Report of the Indian Hemp Drugs Commission, 1894-1895 - Volume V
Year: 1894
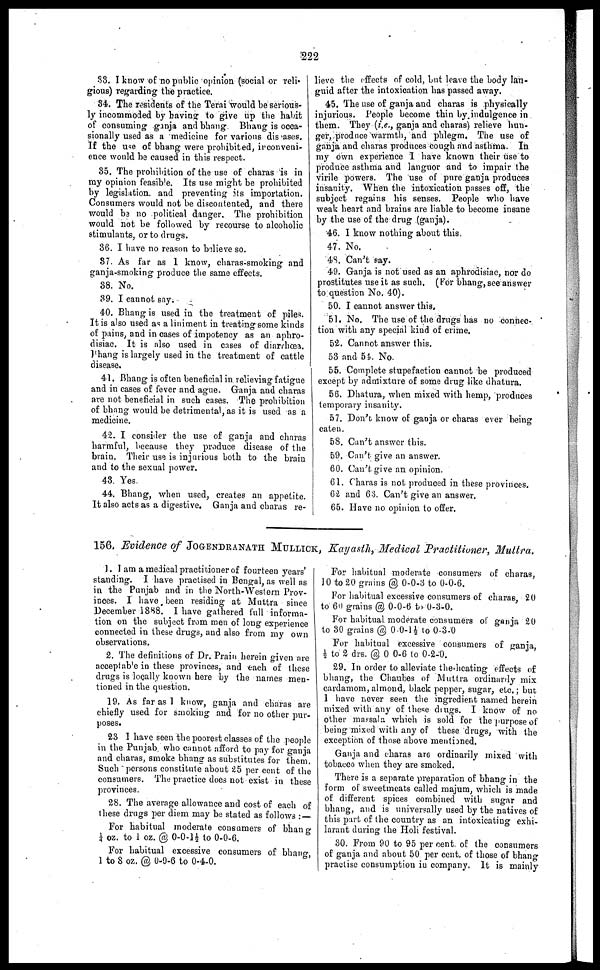
222
33. I know of no public opinion (social or reli-
gious) regarding the practice.
34. The residents of the Terai would be serious-
ly incommoded by having to give up the habit
of consuming ganja and bhang Bhang is occa-
sionally used as a medicine for various diseases.
If the use of bhang were prohibited, inconveni-
ence would be caused in this respect.
35. The prohibition of the use of charas is in
my opinion feasible. Its use might be prohibited
by legislation, and preventing its importation.
Consumers would not be discontented, and there
would be no political danger. The prohibition
would not be followed by recourse to alcoholic
stimulants, or to drugs.
36. I have no reason to believe so.
37. As far as I know, charas-smoking and
ganja-smoking produce the same effects.
38. No.
39. I cannot say.
40. Bhang is used in the treatment of piles.
It is also used as a liniment in treating some kinds
of pains, and in cases of impotency as an aphro-
disiac. It is also used in crises of diarrhœa.
Bhang is largely used in the treatment of cattle
disease.
41. Bhang is often beneficial in relieving fatigue
and in cases of fever and ague. Ganja and charas
are not beneficial in such cases. The prohibition
of bhang would be detrimental, as it is used as a
medicine.
42. I consider the use of ganja and charas
harmful, because they produce disease of the
brain. Their use is injurious both to the brain
and to the sexual power.
43. Yes.
44. Bhang, when used, creates an appetite.
It also acts as a digestive. Ganja and charas re-
lieve the effects of cold, but leave the body lan-
guid after the intoxication has passed away.
45. The use of ganja and charas is physically
injurious. People become thin by indulgence in
them. They (i.e., ganja and charas) relieve hun-
ger, produce warmth, and phlegm. The use of
ganja and charas produces cough and asthma. In
my own experience I have known their use to
produce asthma and languor and to impair the
virile powers. The use of pure ganja produces
insanity. When the intoxication passes off, the
subject regains his senses. People who have
weak heart and brains are liable to become insane
by the use of the drug (ganja).
46. I know nothing about this.
47. No.
48. Can't say.
49. Ganja is not used as an aphrodisiac, nor do
prostitutes use it as such. (For bhang, see answer
to question No. 40).
50. I cannot answer this.
51. No. The use of the drugs has no connec-
tion with any special kind of crime.
52. Cannot answer this.
53 and 54. No.
55. Complete stupefaction cannot be produced
except by admixture of some drug like dhatura.
56. Dhatura, when mixed with hemp, produces
temporary insanity.
57. Don't know of ganja or charas ever being
eaten.
58. Can't answer this.
59. Can't give an answer.
60. Can't give an opinion.
61. Charas is not produced in these provinces.
62 and 63. Can't give an answer.
66. Have no opinion to offer.
156. Evidence of JOGENDRANATH MULLICK , Kayasth, Medical Practitioner, Muttra.
1. I am a medical practitioner of fourteen years'
standing. I have practised in Bengal, as well as
in the Punjab and in the North-Western Prov-
inces. I have been residing at Muttra since
December 18S8. I have gathered full informa-
tion on the subject from men of long experience
connected in these drugs, and also from my own
observations.
2. The definitions of Dr. Prain herein given sue
acceptable in these provinces, and each of these
drugs is locally known here by the names men-
tioned in the question.
19. As far as I know, ganja and charas are
chiefly used for smoking and for no other pur-
poses.
23 I have seen the poorest classes of the people
in the Punjab who cannot afford to pay for ganja
and charas, smoke bhang as substitutes for them.
Such persons constitute about 25 per cent of the
consumers. The practice does not exist in these
provinces.
28. The average allowance and cost of each of
these drugs per diem may be stated as follows :—
For habitual moderate consumers of bhang
¼ oz. to 1 oz. @ 0-0-1½ to 0-0-6.
For habitual excessive consumers of bhang,
1 to 8 oz. @ 0-0-6 to 0-4-0.
For habitual moderate consumers of charas,
10 to 20 grains @ 0-0-3 to 0-0-6.
For habitual excessive consumers of charas, 20
to 60 grains @ 0-0-6 to 0-3-0.
For habitual moderate consumers of ganja 20
to 30 grains @ 0-0-1½ to 0-3-0
For habitual excessive consumers of ganja,
½ to 2 drs. @ 0 0-6 to 0-2-0.
29. In order to alleviate the heating effects of
bhang, the Chaubes of Muttra ordinarily mix
cardamom, almond, black pepper, sugar, etc.; but
I have never seen the ingredient named herein
mixed with any of these dings. I know of no
other massala which is sold for the purpose of
being mixed with any of these drugs, with the
exception of those above mentioned.
Ganja and charas ar6 ordinarily mixed with
tobacco when they are smoked.
There is a separate preparation of bhang in the
form of sweetmeats called majum, which is made
of different spices combined with sugar and
bhang, and is universally used by the natives of
this part of the country as an intoxicating exhi-
larant during the Holi festival.
30. From 90 to 95 per cent of the consumers
of ganja and about 50 per cent of those of bhang
practise consumption in company. It is mainly